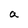
Character: a